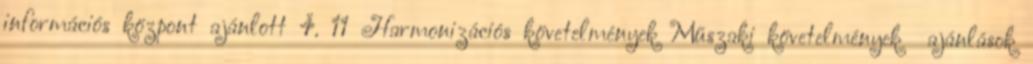
információs központ ajánlott 4. 11 Harmonizációs követelmények Műszaki követelmények ajánlások